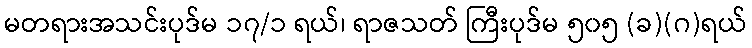
မတရားအသင်းပုဒ်မ ၁၇/၁ ရယ်၊ ရာဇသတ် ကြီးပုဒ်မ ၅၀၅ (ခ)(ဂ)ရယ်